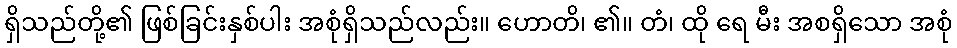
ရှိသည်တို့၏ ဖြစ်ခြင်းနှစ်ပါး အစုံရှိသည်လည်း။ ဟောတိ၊ ၏။ တံ၊ ထို ရေ မီး အစရှိသော အစုံ